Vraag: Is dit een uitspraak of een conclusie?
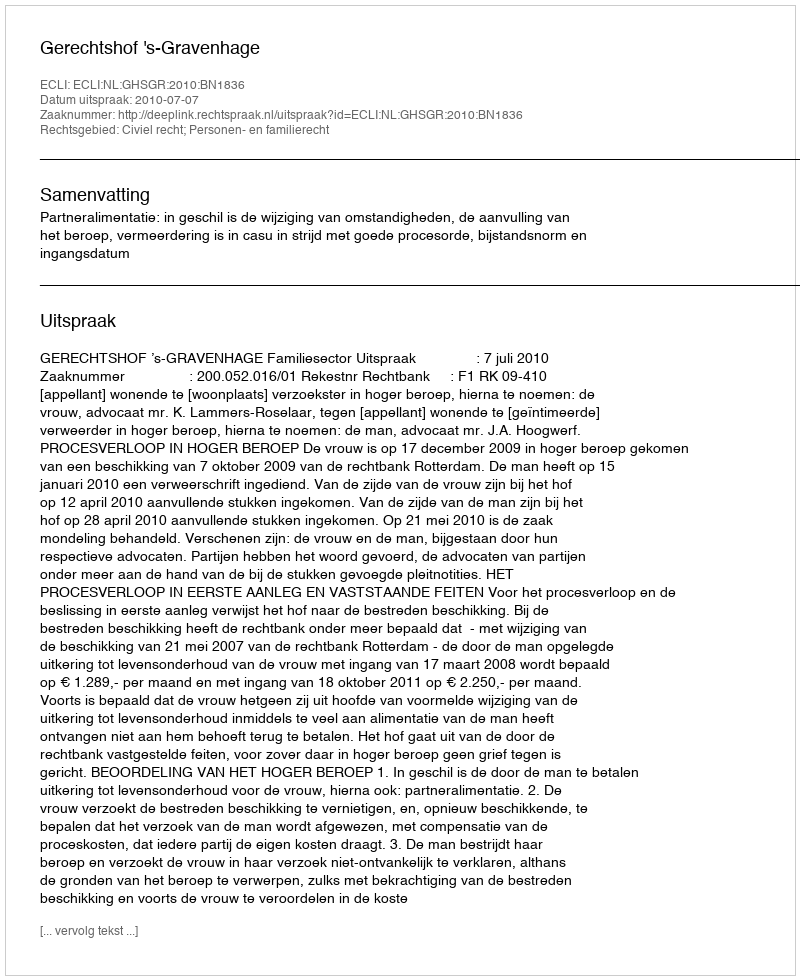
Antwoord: Uitspraak